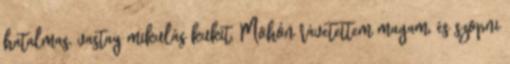
hatalmas, vastag mikulás kukit. Mohón rávetettem magam, és szopni